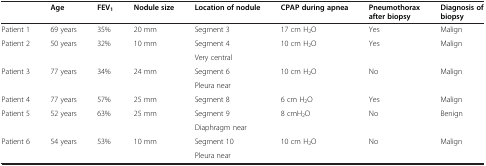
<table><thead><tr><td><b> </b></td><td><b>Age</b></td><td><b>FEV<sub>1</sub></b></td><td><b>Nodule size</b></td><td><b>Location of nodule</b></td><td><b>CPAP during apnea</b></td><td><b>Pneumothorax after biopsy</b></td><td><b>Diagnosis of biopsy</b></td></tr></thead><tbody><tr><td>Patient 1</td><td>69 years</td><td>35%</td><td>20 mm</td><td>Segment 3</td><td>17 cm H<sub>2</sub>O</td><td>Yes</td><td>Malign</td></tr><tr><td rowspan="2">Patient 2</td><td rowspan="2">50 years</td><td rowspan="2">32%</td><td rowspan="2">10 mm</td><td>Segment 4</td><td rowspan="2">10 cm H<sub>2</sub>O</td><td rowspan="2">Yes</td><td rowspan="2">Malign</td></tr><tr><td>Very central</td></tr><tr><td rowspan="2">Patient 3</td><td rowspan="2">77 years</td><td rowspan="2">34%</td><td rowspan="2">24 mm</td><td>Segment 6</td><td rowspan="2">10 cm H<sub>2</sub>O</td><td rowspan="2">No</td><td rowspan="2">Malign</td></tr><tr><td>Pleura near</td></tr><tr><td>Patient 4</td><td>77 years</td><td>57%</td><td>25 mm</td><td>Segment 8</td><td>6 cm H<sub>2</sub>O</td><td>Yes</td><td>Malign</td></tr><tr><td rowspan="2">Patient 5</td><td rowspan="2">52 years</td><td rowspan="2">63%</td><td rowspan="2">25 mm</td><td>Segment 9</td><td rowspan="2">8 cmH<sub>2</sub>O</td><td rowspan="2">No</td><td rowspan="2">Benign</td></tr><tr><td>Diaphragm near</td></tr><tr><td>Patient 6</td><td>54 years</td><td>53%</td><td>10 mm</td><td>Segment 10</td><td>10 cm H<sub>2</sub>O</td><td>No</td><td>Malign</td></tr><tr><td> </td><td> </td><td> </td><td> </td><td>Pleura near</td><td> </td><td> </td><td> </td></tr></tbody></table>